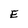
Character: E